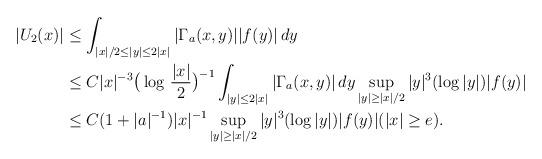
LaTeX: \begin{align*}|U_2(x)| &\leq\int_{|x|/2\leq |y|\leq 2|x|}|\Gamma_a(x,y)||f(y)|\,dy \\&\leq C|x|^{-3}\big(\log\,\frac{|x|}{2}\big)^{-1}\int_{|y|\leq 2|x|}|\Gamma_a(x,y)|\,dy \sup_{|y|\geq |x|/2}|y|^3(\log |y|)|f(y)| \\&\leq C(1+|a|^{-1})|x|^{-1}\sup_{|y|\geq |x|/2}|y|^3(\log |y|)|f(y)| (|x|\geq e).\end{align*}